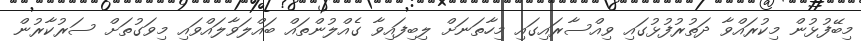
މިބޭފުޅުން މިކުރައްވާ ދަތުރުފުޅުގައި ވިއްސާރައިގައި މިހާތަނަށް ލިބިފައިވާ ގެއްލުންތައް ބައްލަވާލައްވައި މިވަގުތަށް ސަރުކާރުން